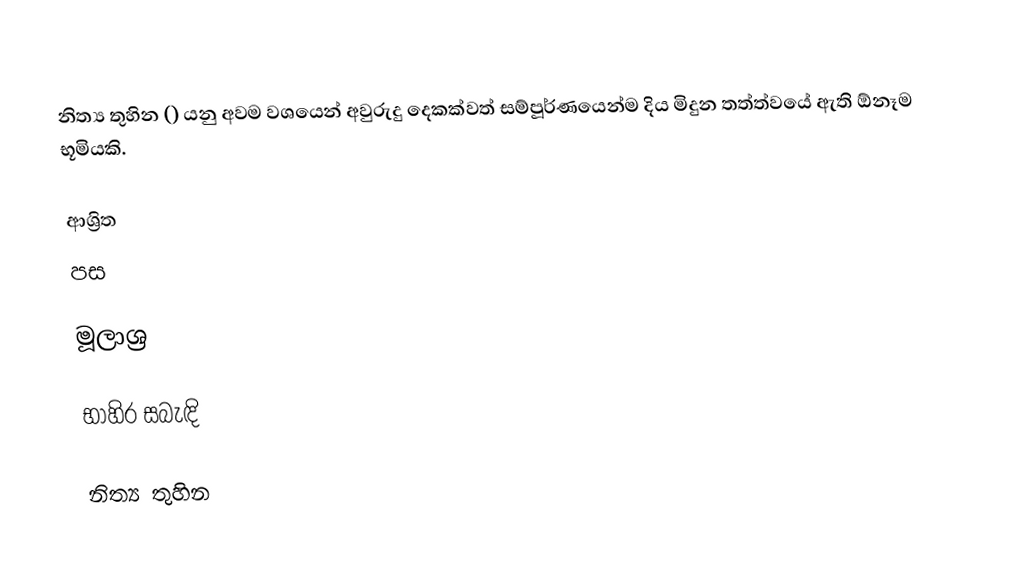
නිත්‍ය තුහින () යනු අවම වශයෙන් අවුරුදු දෙකක්වත් සම්පූර්ණයෙන්ම දිය මිදුන තත්ත්වයේ ඇති ඕනෑම භූමියකි.

ආශ්‍රිත
පස

මූලාශ්‍ර

භාහිර සබැඳි

නිත්‍ය තුහින